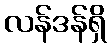
လန်ဒန်ရှိ